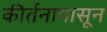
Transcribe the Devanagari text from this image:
कीर्तनापासून